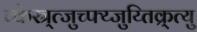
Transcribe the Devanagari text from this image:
व्केस्र्त्जुच्फ्य्जुय्तिक्र्त्यु